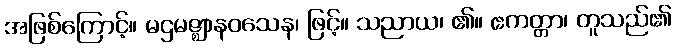
အဖြစ်ကြောင့်။ မဌမဇ္ဈာနဝသေန၊ ဖြင့်။ သညာယ၊ ၏။ ဧကတ္တာ၊ တူသည်၏